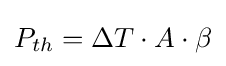
P_{th}=\Delta T\cdot A\cdot \beta